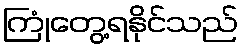
ကြုံတွေ့ရနိုင်သည်